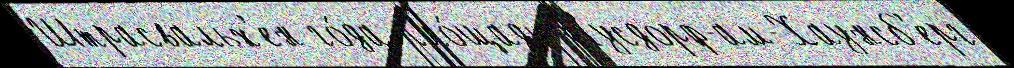
Штрасвальх'ен го́да пло́щадь Нусдорф-ам-Хаунсб'ерг